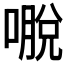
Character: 𭊕